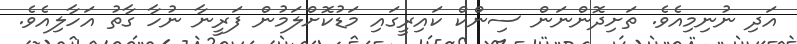
އަދި ނުނިމިއެވެ. ތަށިދޮންނަން ސިންކް ކައިރީގައި މަޑުކޮށްލަމުން ފަރީނާ ނުހާ ގާތު އަހާލިއެވެ.